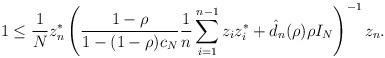
LaTeX: \begin{align*}1 &\leq \frac1Nz_n^* \left( \frac{1-\rho}{1-(1-\rho)c_N} \frac1n\sum_{i=1}^{n-1} z_iz_i^* + \hat{d}_n(\rho)\rho I_N \right)^{-1} z_n.\end{align*}